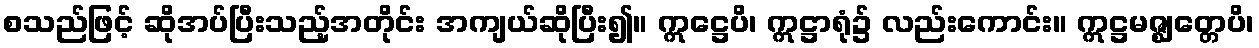
စသည်ဖြင့် ဆိုအပ်ပြီးသည့်အတိုင်း အကျယ်ဆိုပြီး၍။ ဣဋ္ဌေပိ၊ ဣဋ္ဌာရုံ၌ လည်းကောင်း။ ဣဋ္ဌမဇ္ဈတ္တေပိ၊